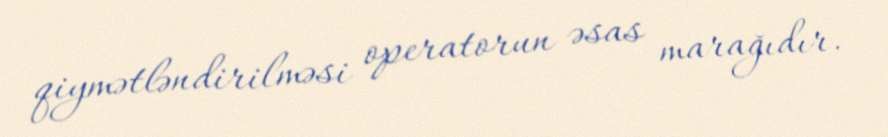
qiymətləndirilməsi operatorun əsas marağıdır.